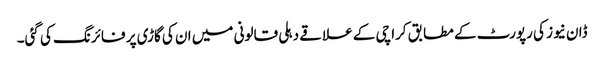
ڈان نیوز کی رپورٹ کے مطابق کراچی کے علاقے دہلی قالونی میں ان کی گاڑی پر فائرنگ کی گئی۔